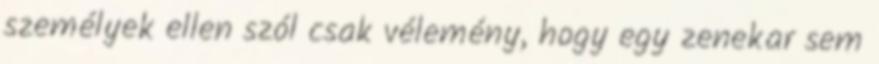
személyek ellen szól csak vélemény, hogy egy zenekar sem